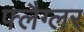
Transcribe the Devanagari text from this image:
फ्लैग्लर